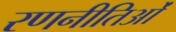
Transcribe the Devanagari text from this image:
रणनीतिओं